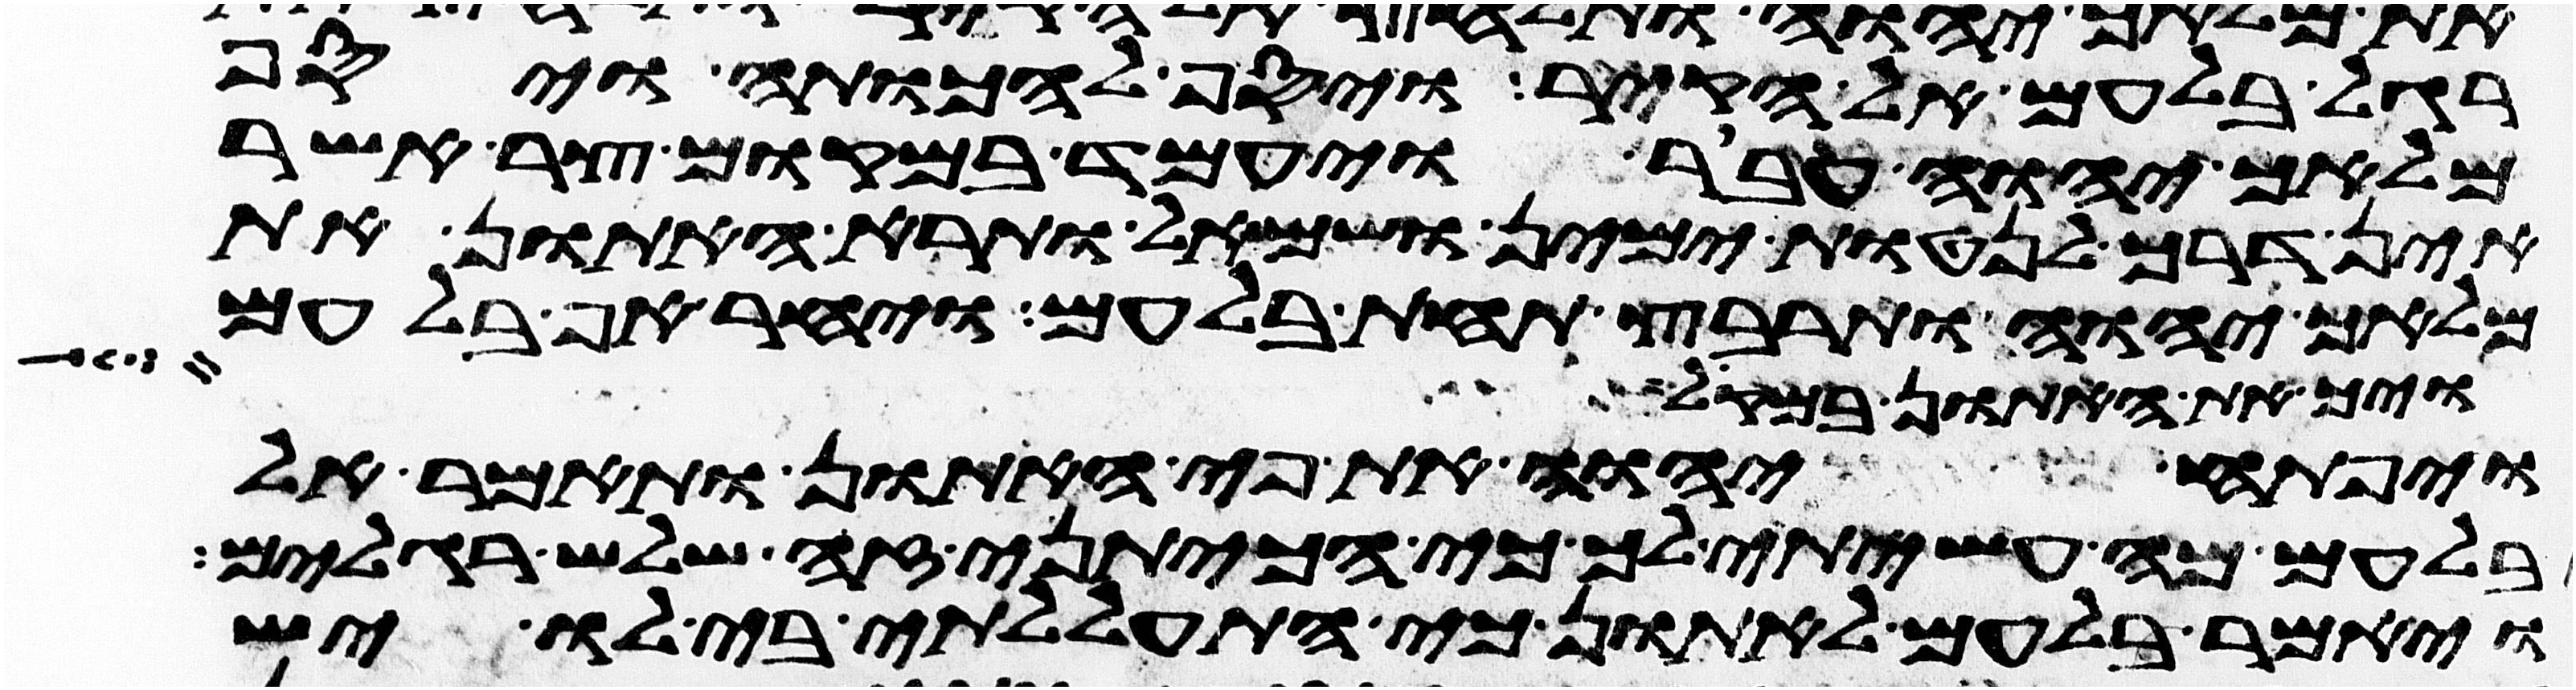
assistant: רגל בלעם אל הקיר ויסף להכותה ויסף
מלאך יהוה עבר ויעמד במקום צר אשר
אין דרך לנטות ימין ושמאל ותרא האתון את
מלאך יהוה ותרבץ תחת בלעם ויחר אף בלעם
ויך את האתון במקל
ויפתח יהוה את פי האתון ותאמר אל
בלעם מה עשיתי לך כי הכיתני זה שלש רגלים
ויאמר בלעם לאתון כי התעללתי בי לו יש